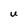
Character: U